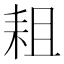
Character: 耝